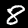
Label: 8